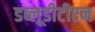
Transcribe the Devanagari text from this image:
डब्लूडीटीएन